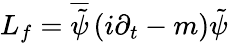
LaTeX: L_{f}=\overline{{{\tilde{\psi}}}}\, (i\partial_{t}-m)\tilde{\psi}